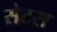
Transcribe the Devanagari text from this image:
सेटस